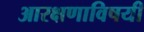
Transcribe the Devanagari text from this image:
आरक्षणाविषयी